Civil Veterinary Dept. North-West Frontier Province 1901-22 - 1901-1922
Year: 1901
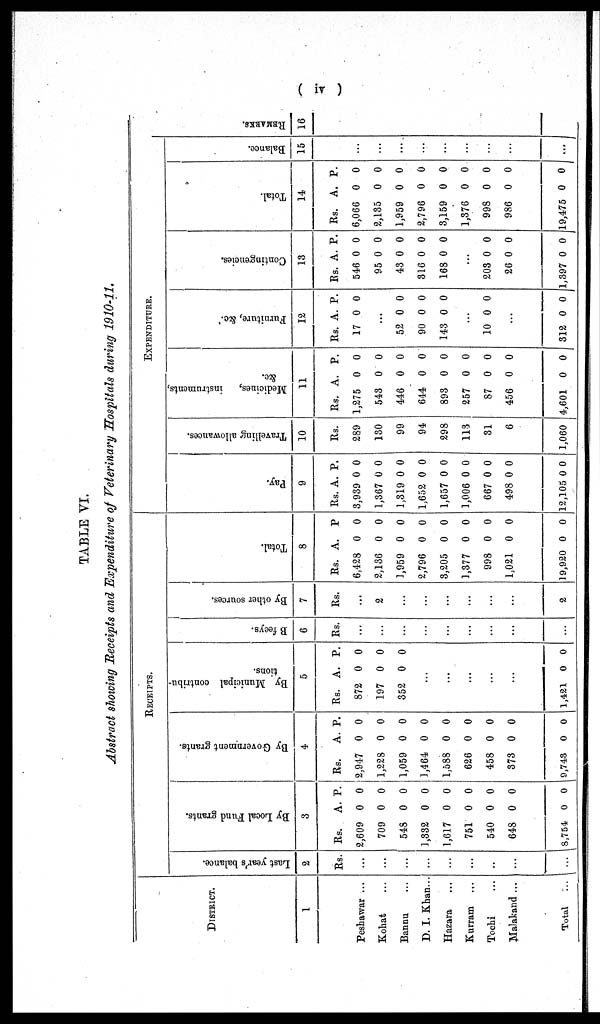
(iv)
TABLE VI.
Abstract showing Receipts and Expenditure of Veterinary Hospitals during 1910-11.
DISTRICT.
1
Peshawar ...
Kohat ...
Bannu ...
D. I. Khan...
Hazara ...
Kurram ...
Tochi ...
Malakand ...
Total ...
RECEIPTS.
Last year's balance.
2
Rs.
...
...
...
...
...
...
...
...
...
By Local Fund grants.
3
Rs.
2,609
709
548
1,332
1,617
751
540
648
8,754
A.
0
0
0
0
0
0
0
0
0
P.
0
0
0
0
0
0
0
0
0
By Government grants.
4
Rs.
2,947
1,228
1,059
1,464
1,588
626
458
373
9,743
A.
0
0
0
0
0
0
0
0
0
P.
0
0
0
0
0
0
0
0
0
By Municipal contribu-
tions.
5
Rs.
872
197
352
...
...
...
...
...
1,421
A.
0
0
0
0
P.
0
0
0
0
B feeys.
6
Rs.
...
...
...
...
...
...
...
...
...
By other sources.
7
Rs.
...
2
...
...
...
...
...
...
2
Total.
8
Rs.
6,428
2,136
1,959
2,796
3,205
1,377
998
1,021
19,920
A.
0
0
0
0
0
0
0
0
0
P
0
0
0
0
0
0
0
0
0
EXPENDITURE.
Pay.
9
Rs.
3,939
1,367
1,319
1,652
1,657
1,006
667
498
12,105
A.
0
0
0
0
0
0
0
0
0
P.
0
0
0
0
0
0
0
0
0
Travelling allowances.
10
Rs.
289
130
99
94
298
113
31
6
1,060
Medi ci nes , i
ns t
r ument s ,
&c.
11
Rs.
1,275
543
446
644
893
257
87
456
4,601
A.
0
0
0
0
0
0
0
0
0
P.
0
0
0
0
0
0
0
0
0
Furniture, &c.
12
Rs.
17
52
90
143
10
312
A.
0
...
0
0
0
...
0
...
0
P.
0
0
0
0
0
0
Contingencies.
13
Rs.
546
95
43
316
168
203
26
1,397
A.
0
0
0
0
0
...
0
0
0
P.
0
0
0
0
0
0
0
0
Total.
14
Rs.
6,066
2,135
1,959
2,796
3,159
1,376
998
986
19,475
A.
0
0
0
0
0
0
0
0
0
P.
0
0
0
0
0
0
0
0
0
Balance.
15
...
...
...
...
...
...
...
...
...
RE MARKS .
16